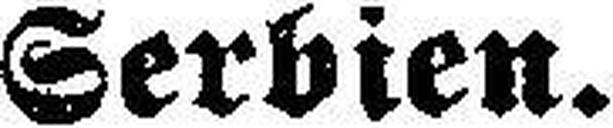
Serbien.